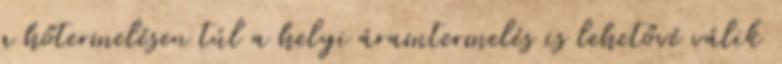
a hőtermelésen túl a helyi áramtermelés is lehetővé válik